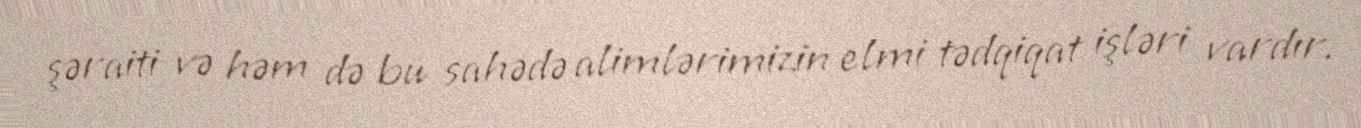
şəraiti və həm də bu sahədə alimlərimizin elmi tədqiqat işləri vardır.